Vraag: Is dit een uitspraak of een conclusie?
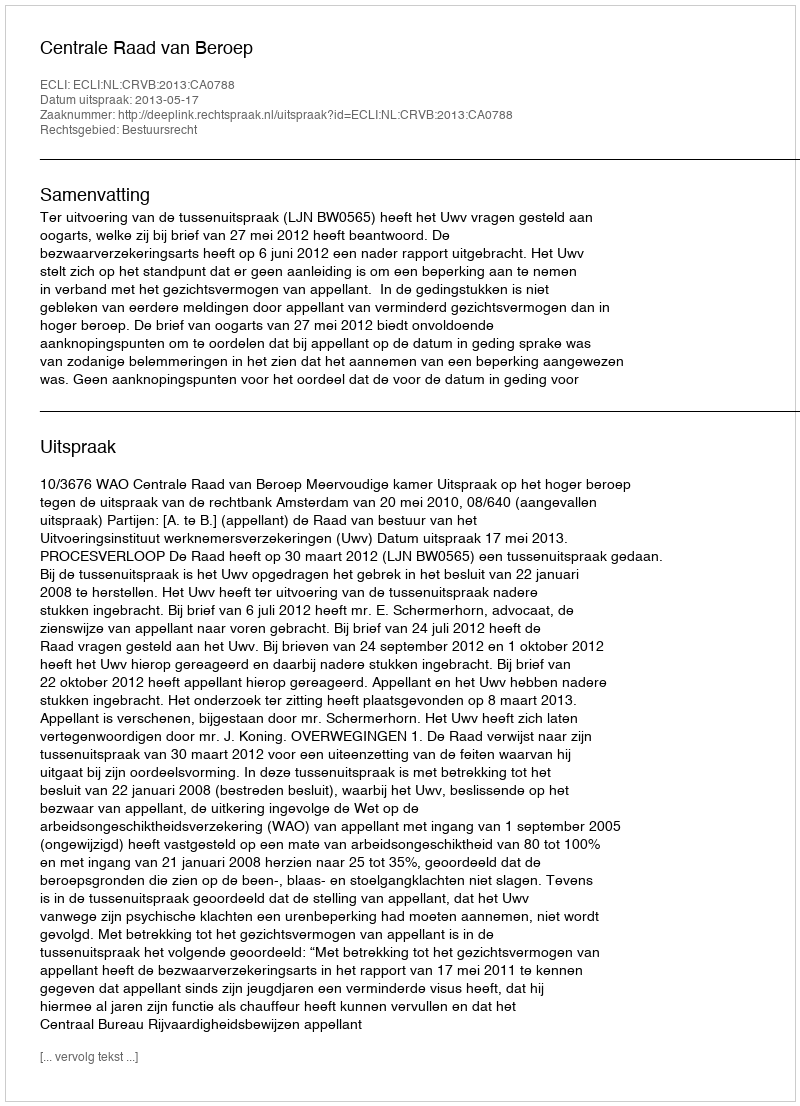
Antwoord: Uitspraak